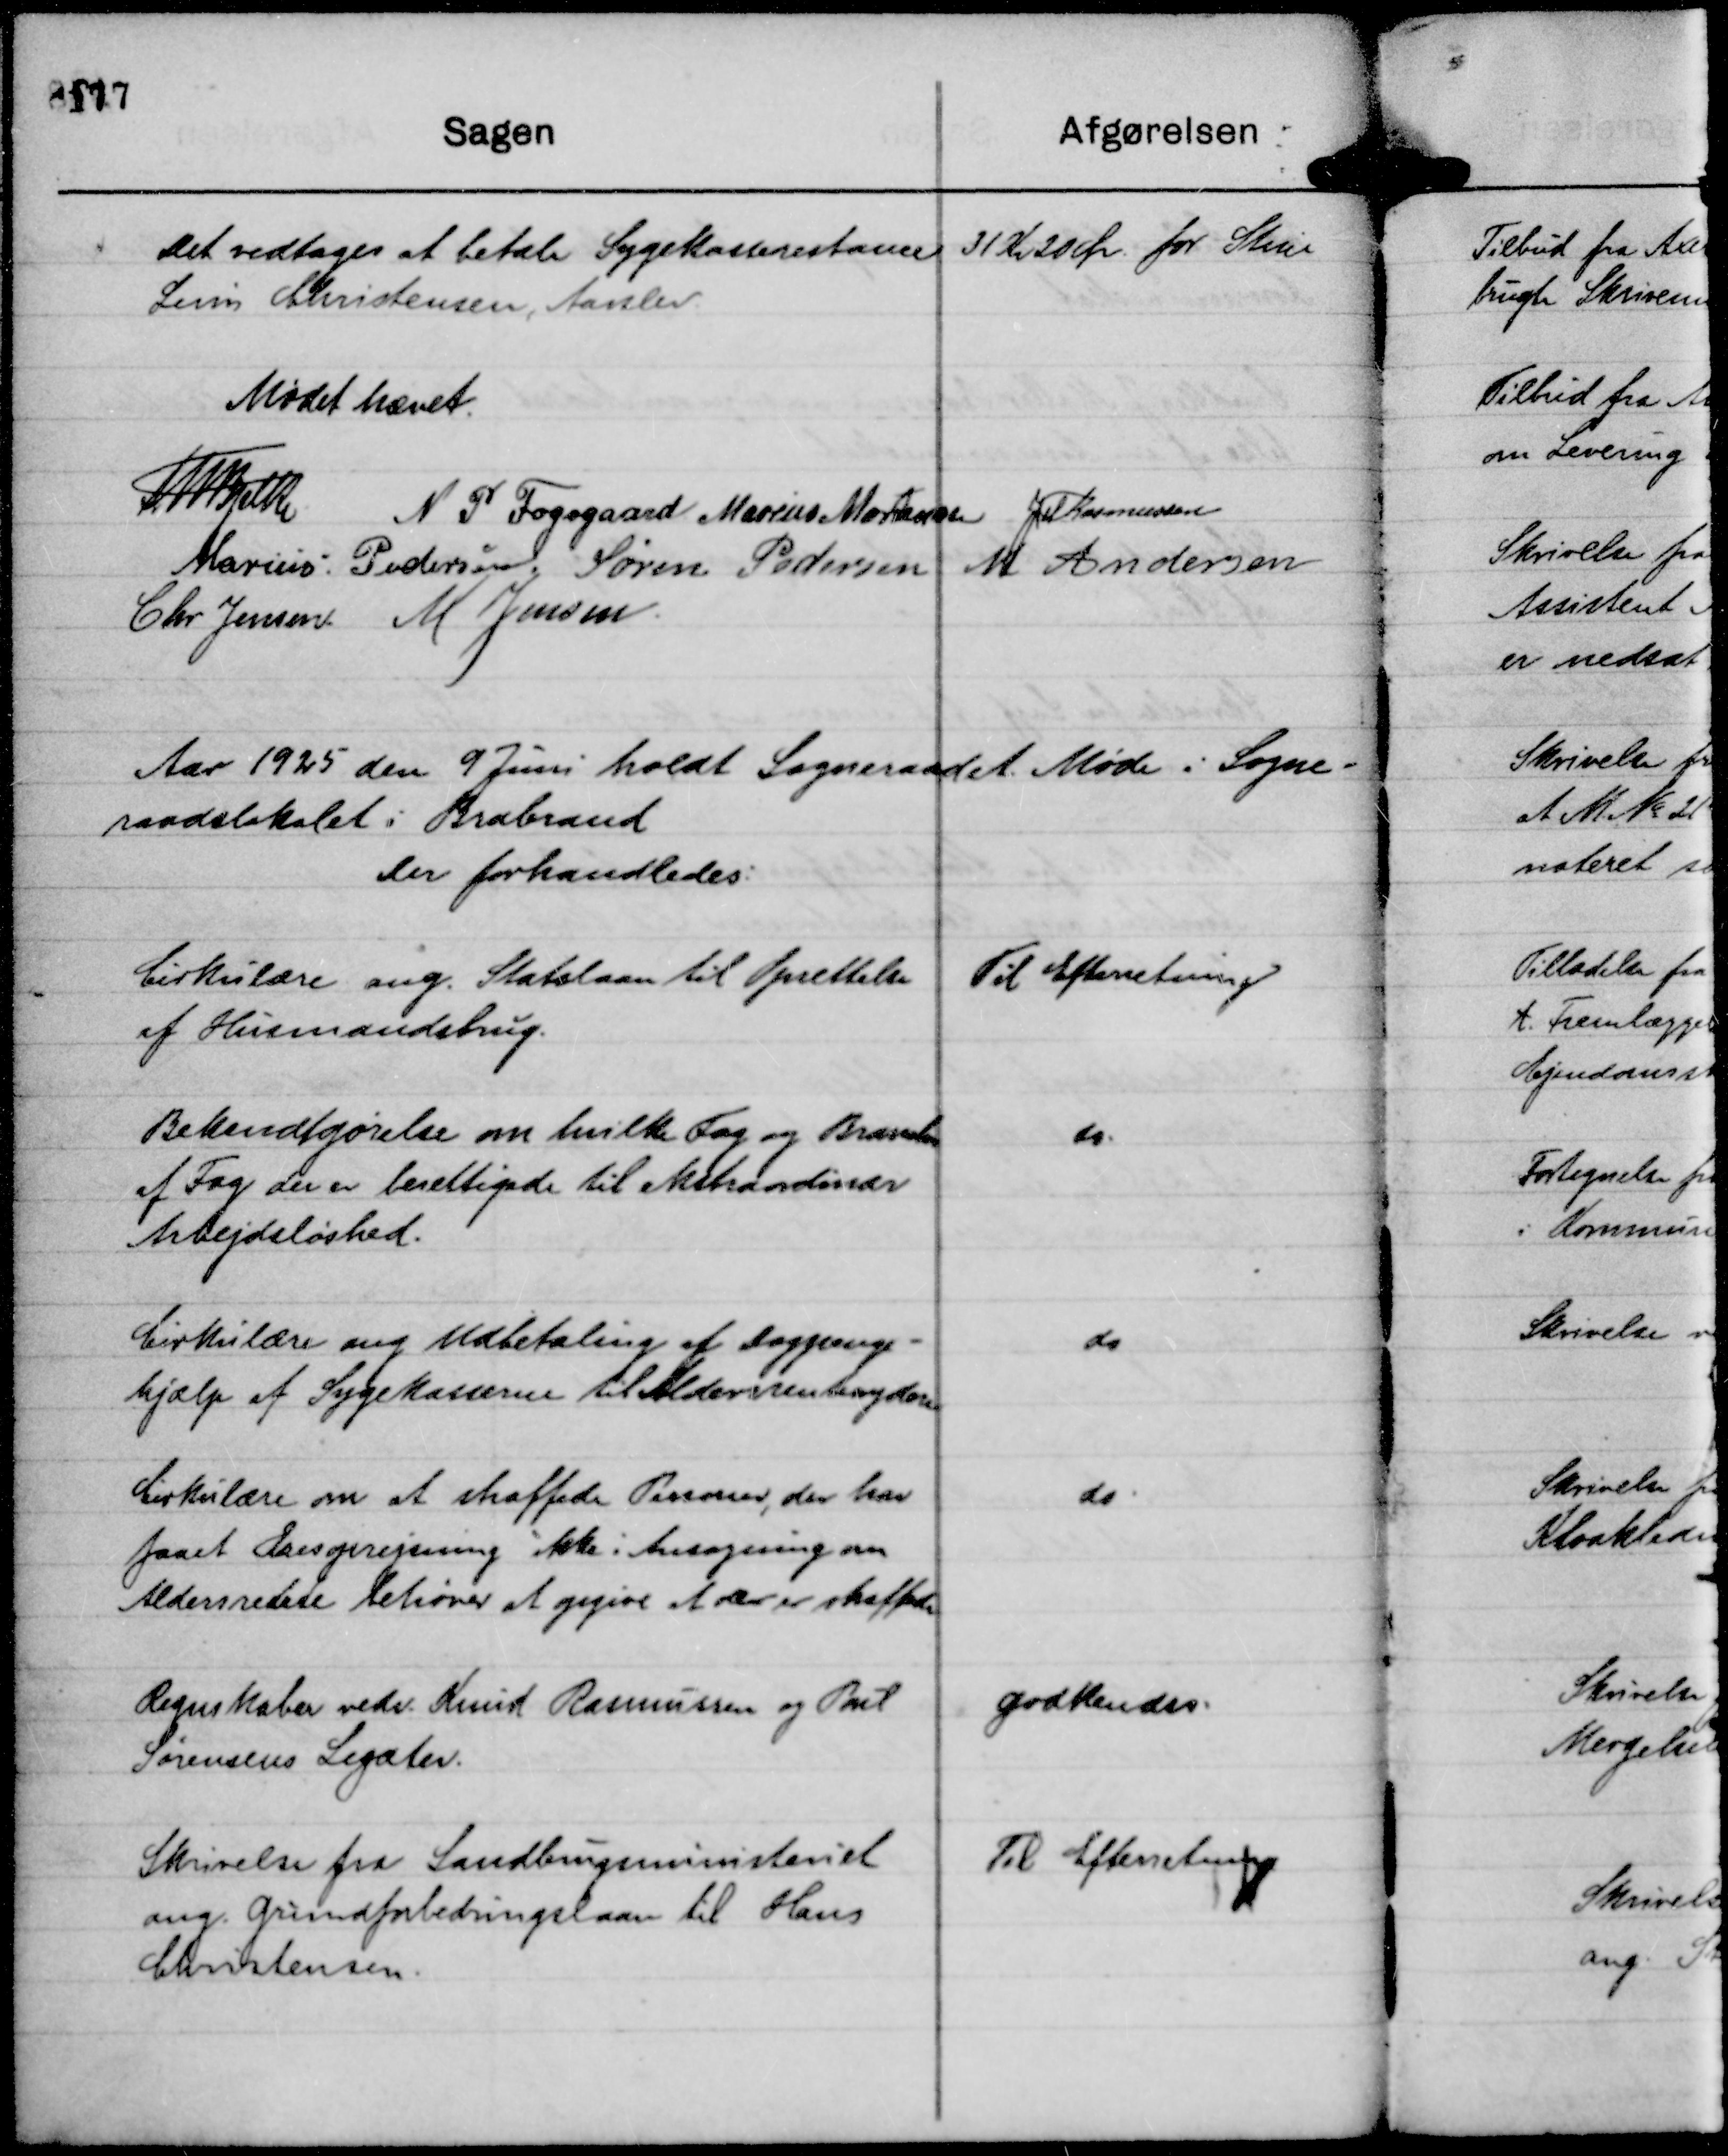
Transskription:
Det vedtages at betale Sygekasserestance 31 Kr 20 Ør. for Stine
Levin Christensen, Aarslev.

Mødet hævet.
Th Bjelke
N P Fogsgaard
Marius Mortensen
JM Rasmussen
Marius Pedersen.
Søren Pedersen
M Andersen
Chr Jensen.
M Jensen.

Aar 1925 den 9 Juni holdt Sogneraadet Møde i Sogne-
raadslokalet i Brabrand.
Der forhandledes:

Cirkulære ang. Statslaan til Oprettelse
af Husmandsbrug.

Til Efterretning

Bekendtgørelse om hvilke Fag og Brancher
af Fag der er berettiget til ekstraordinær
Arbejdsløshed.

do.

Cirkulære ang Udbetaling af Dagpenge-
hjælp af Sygekasserne til Aldersrentenydere

do

Cirkulære om at straffede Personer, der har
faaet Æresoprejning ikke i Ansøgning om
Aldersrente behøver at opgive at der er straffede

do.

Regnskaber vedr. Knud Rasmussen og Poul
Sørensens Legater.

Godkendes.

Skrivelse fra Landbrugsministeriet
ang. Grundforbedringslaan til Hans
Christensen.

Til Efterretning